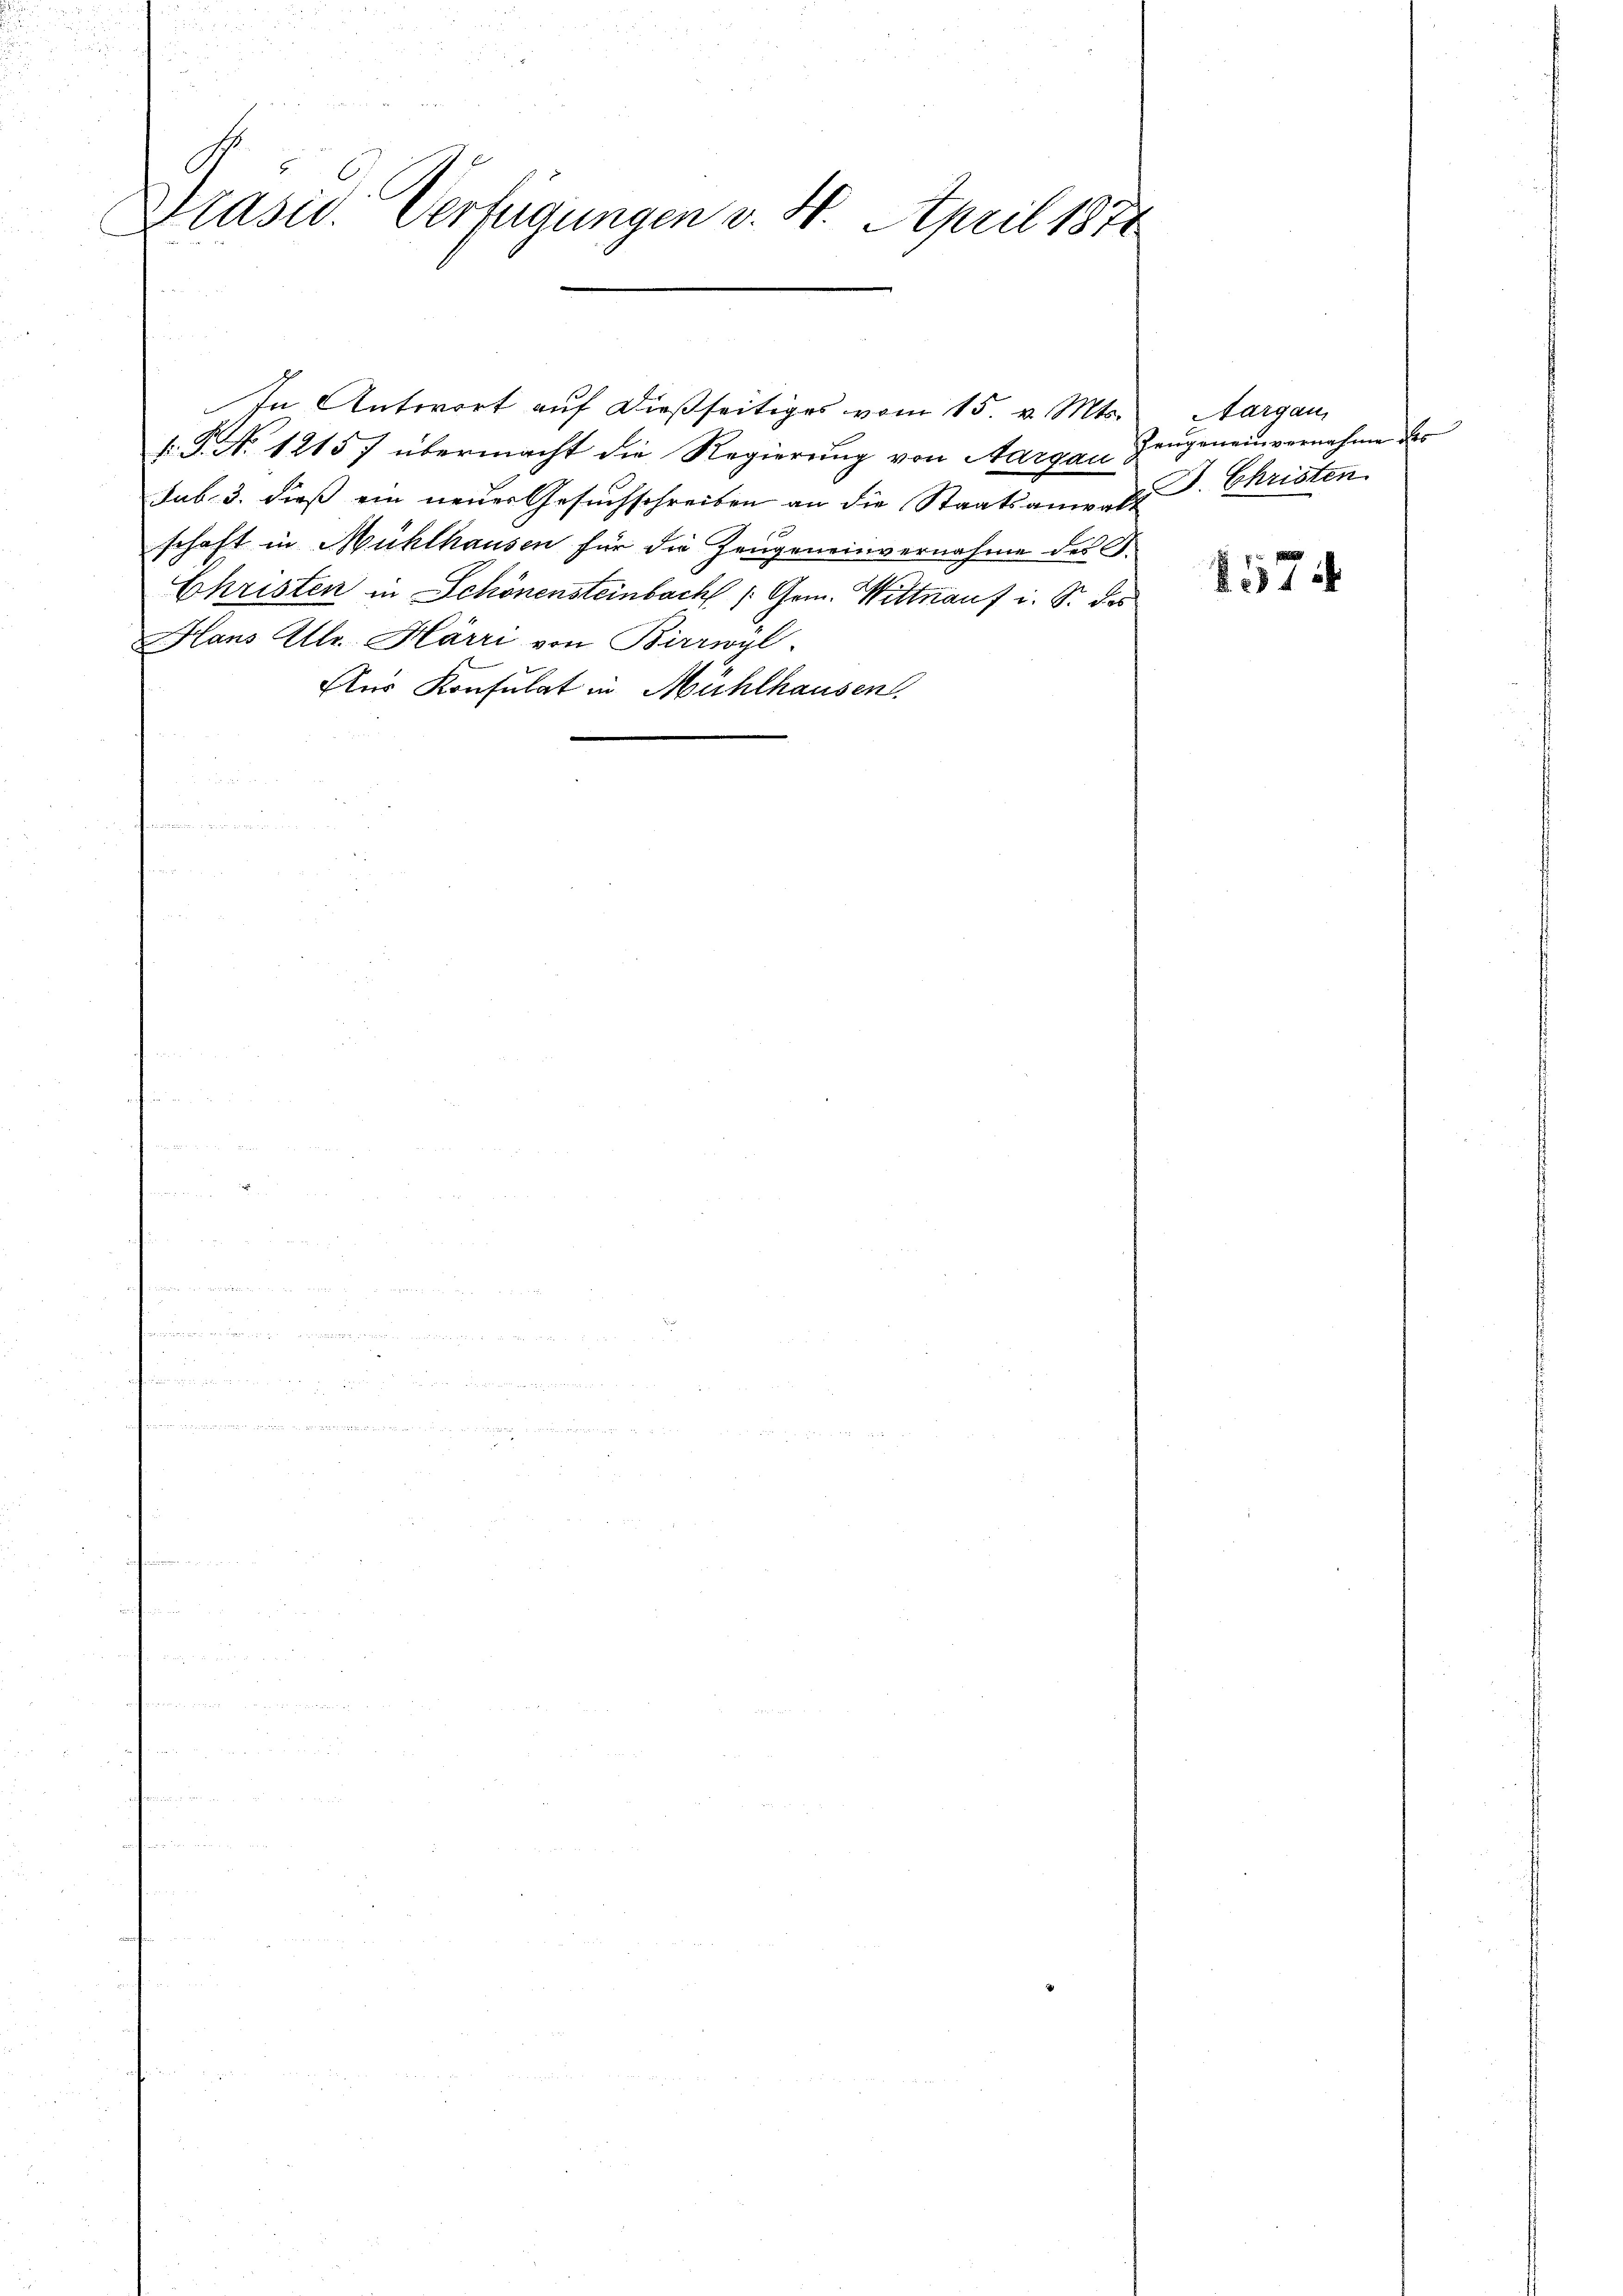
Präsid. Verfügungen v. 4. April 1874

. P. N. 12157 übermacht die Regierung von Aargau Zeugeneinvernahme des
sub. 3. dieß ein neuer Gesuchschreiben an die Staatsanwalt d. Christen
schaft in Mühlhausen für die Zeugeneinvernahme des S.
Christen in Schönensteinbach /:Gem. Wittnauf i. S. des
Hans Ulr. Härri von Birrwyl
Aus Konsulat in Mühlhausen.

In Antwort auf dießseitiges vom 15. v. Mts. Aargau,

1574